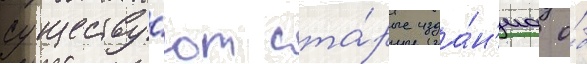
существу́ют ста́рые изда́н'иа о́б